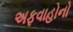
અફવાહોનો